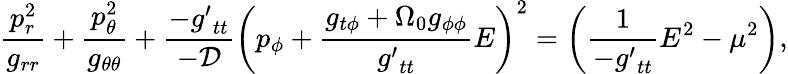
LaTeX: \frac{p_{r}^{2}}{g_{rr}}+\frac{p_{\theta}^{2}}{g_{\theta\theta}}+\frac{-{g^{\prime}}_{tt}}{-\cal D}\left(p_{\phi}+\frac{g_{t\phi}+\Omega_{0}g_{\phi\phi}}{{g^{\prime}}_{tt}}E\right)^{2}=\left(\frac{1}{-{g^{\prime}}_{tt}}E^{2}-\mu^{2}\right),